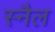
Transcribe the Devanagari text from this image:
स्नैल